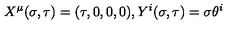
X ^ { \mu } ( \sigma , \tau ) = ( \tau , 0 , 0 , 0 ) , Y ^ { i } ( \sigma , \tau ) = \sigma \theta ^ { i }